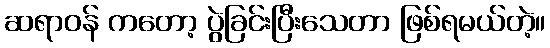
ဆရာဝန် ကတော့ ပွဲခြင်းပြီးသေတာ ဖြစ်ရမယ်တဲ့။